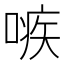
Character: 𠹋